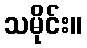
သမိုင်း။